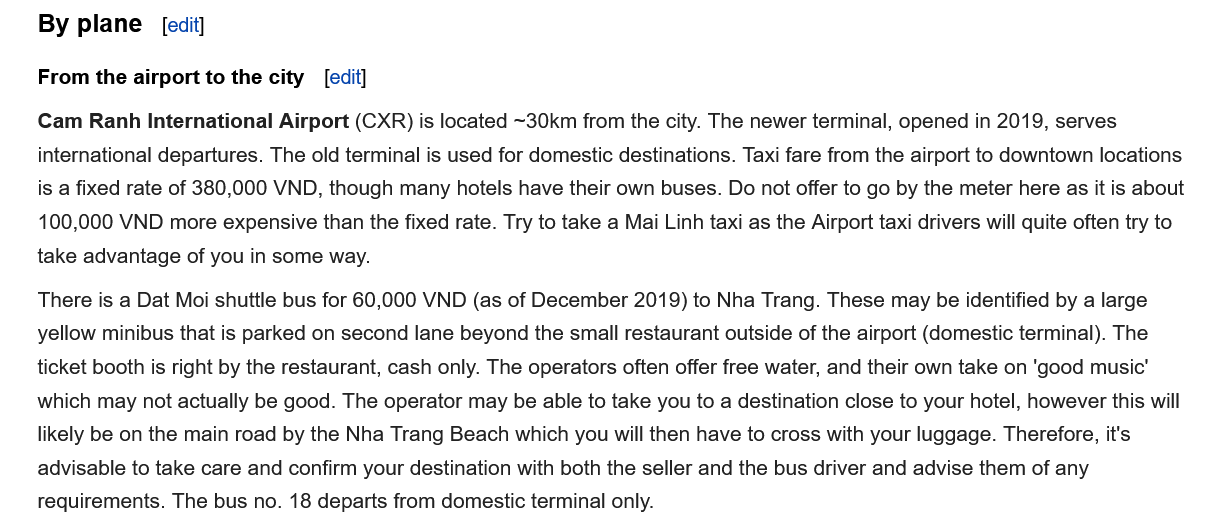
By  plane   Ledity
     [edit] From the airport to the city
    Cam  Ranh International Airport (CXR) is located ~30km from the city. The newer terminal, opened in 2019, serves
    international departures. The old terminal is used for domestic destinations. Taxi fare from the airport to downtown locations
    is a fixed rate of 380,000 VND, though many hotels have their own buses. Do not offer to go by the meter here as it is about
    100,000 VND  more expensive than the fixed rate. Try to take a Mai Linh taxi as the Airport taxi drivers will quite often try to
    take advantage of you in some way.
    There is a Dat Moi shuttle bus for 60,000 VND (as of December 2019) to Nha Trang. These may be identified by a large
    yellow minibus that is parked on second lane beyond the small restaurant outside of the airport (domestic terminal). The
    ticket booth is right by the restaurant, cash only. The operators often offer free water, and their own take on ‘good music’
    which may not actually be good. The operator may be able to take you to a destination close to your hotel, however this wi
    likely be on the main road by the Nha Trang Beach which you will then have to cross with your luggage. Therefore, it's
    advisable to take care and confirm your destination with both the seller and the bus driver and advise them of any
    requirements. The bus no. 18 departs from domestic terminal only.